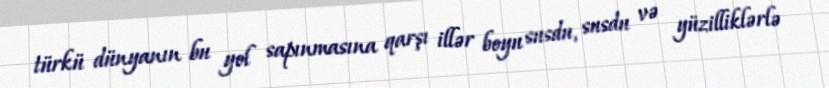
türkü dünyanın bu yol sapınmasına qarşı illər boyu susdu, susdu və yüzilliklərlə